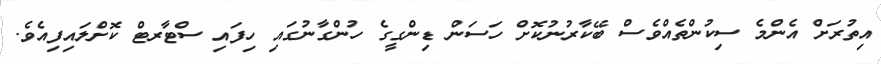
އިތުރަށް އެންމެ ސިކުންތެއްވެސް ބޭކާރުނުކޮށް ހަސަން ޑިންގީގެ ހުންގާނުގައި ހިފައި ސްޓާރޓް ކޮށްލައިފިއެވެ.